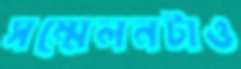
সম্মেলনটাও